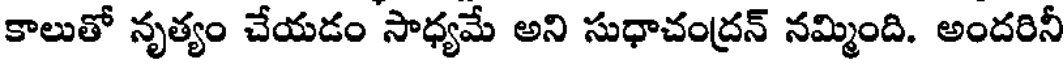
కాలుతో నృత్యం చేయడం సాధ్యమే అని సుధాచంద్రన్ నమ్మింది. అందరినీ